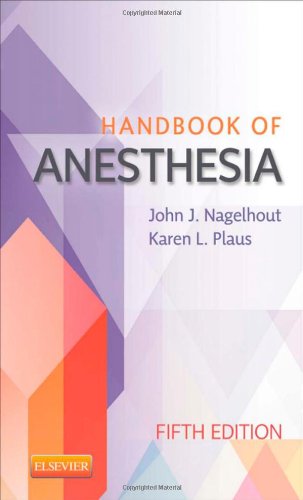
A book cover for Handbook of Anesthesia, 5e; John J. Nagelhout CRNA  PhD  FAAN; Medical Books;